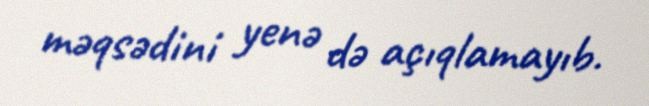
məqsədini yenə də açıqlamayıb.